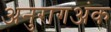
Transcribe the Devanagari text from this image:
अनुरागअंक